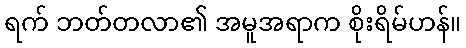
ရက် ဘတ်တလာ၏ အမူအရာက စိုးရိမ်ဟန်။